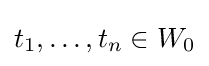
t_{1},\dots ,t_{n}\in W_{0}